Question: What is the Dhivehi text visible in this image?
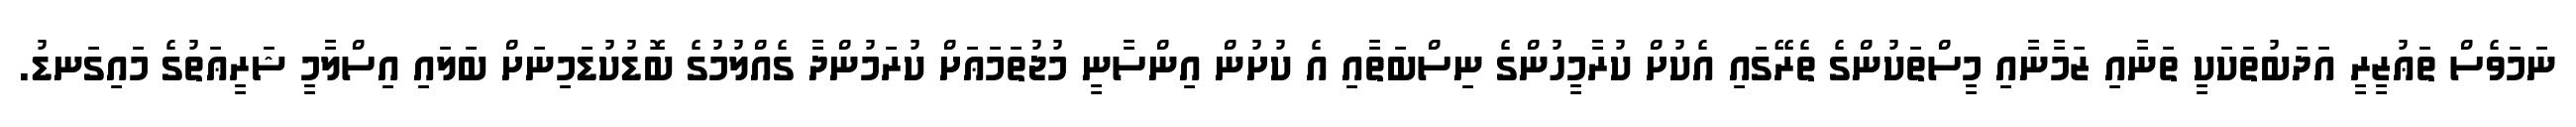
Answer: ނަމަވެސް ތަޢުޒީރީ އަދަބުތަކަކީ ތަނާއި ޒަމާނާއި މީސްތަކުންގެ ތެރޭގައި އެކުށް ކުރާމީހުންގެ ނިސްބަތާއި އެ ކުށުން އިންސާނީ މުޖުތަމަޢަށް ކުރަމުންދާ ގެއްލުމުގެ ބޮޑުކުޑަމިނަށް ބަލައި އިސްލާމީ ޝަރީޢަތުގެ މައިގަނޑު.